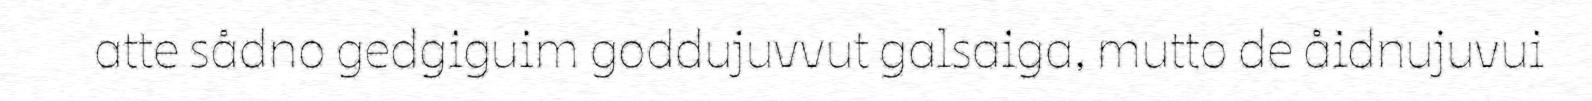
atte sådno gedgiguim goddujuvvut galsaiga, mutto de åidnujuvui